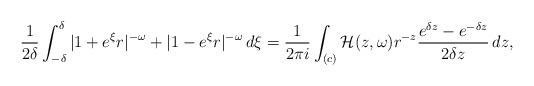
LaTeX: \begin{align*}\frac{1}{2\delta}\int_{-\delta}^{\delta}|1+ e^{\xi}r|^{-\omega} + |1- e^{\xi}r|^{-\omega}\,d\xi = \frac{1}{2\pi i}\int_{(c)}\mathcal{H}(z,\omega)r^{-z}\frac{e^{\delta z}-e^{-\delta z}}{2\delta z}\, dz,\end{align*}